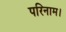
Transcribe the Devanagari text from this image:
परिनाम।